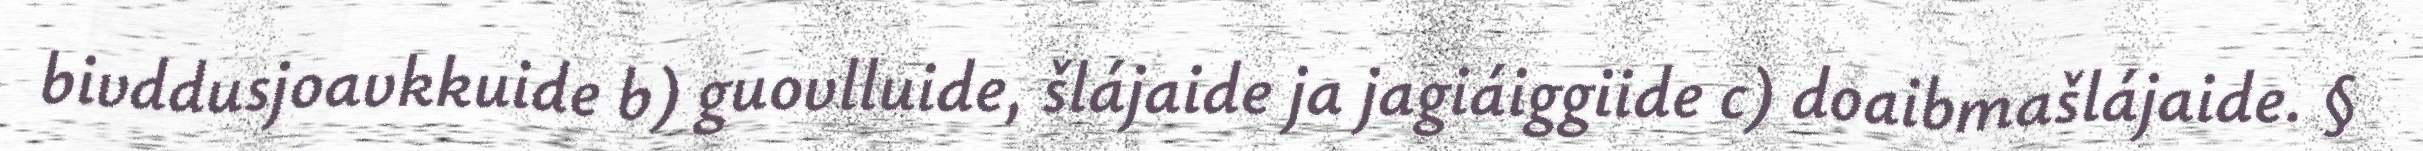
bivddusjoavkkuide b) guovlluide, šlájaide ja jagiáiggiide c) doaibmašlájaide. §